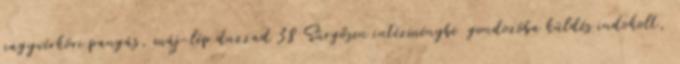
nagyvérköri pangás, máj-lép duzzad 38 Sürgősen intézménybe gondozóba küldés indokolt,